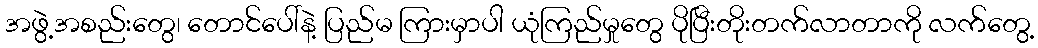
အဖွဲ့အစည်းတွေ၊ တောင်ပေါ်နဲ့ ပြည်မ ကြားမှာပါ ယုံကြည်မှုတွေ ပိုပြီးတိုးတက်လာတာကို လက်တွေ့